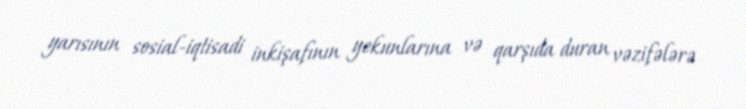
yarısının sosial-iqtisadi inkişafının yekunlarına və qarşıda duran vəzifələrə